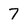
Character: 7